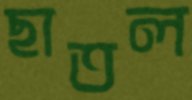
ছাতল